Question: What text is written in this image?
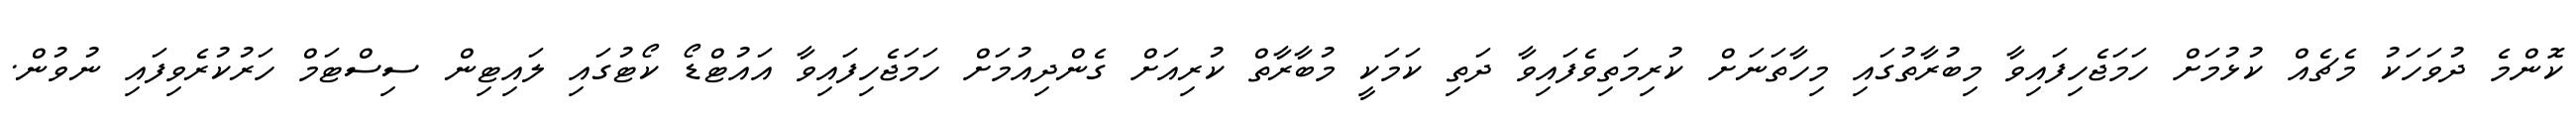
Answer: ކޮންމެ ދުވަހަކު މެޗެއް ކުޅުމަށް ހަމަޖެހިފައިވާ މިބުރާތުގައި މިހާތަނަށް ކުރިމަތިވެފައިވާ ދަތި ކަމަކީ މުބާރާތް ކުރިއަށް ގެންދިއުމަށް ހަމަޖެހިފައިވާ އައުޓްޑޯ ކޯޓުގައި ލައިޓިން ސިސްޓަމް ހަރުކުރެވިފައި ނުވުން.